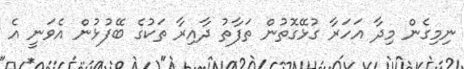
ނިމިގެން މިދާ އަހަރާ ގުޅޭގޮތުން ތަފާތު ދާއިރާ ތަކުގެ ބޭފުޅުން އެވަނީ އެ